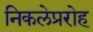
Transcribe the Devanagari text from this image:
निकलेप्ररोह